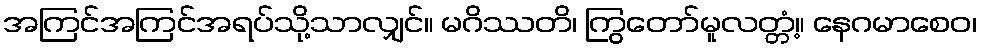
အကြင်အကြင်အရပ်သို့သာလျှင်။ မဂိဿတိ၊ ကြွတော်မူလတ္တံ့။ နေဂမာစေဝ၊